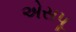
એસપૂ